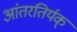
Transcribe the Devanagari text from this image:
आंतरतिर्यक्‌